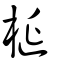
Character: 梴